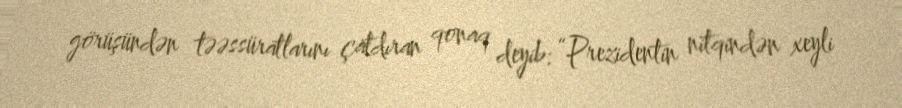
görüşündən təəssüratlarını çatdıran qonaq deyib: “Prezidentin nitqindən xeyli